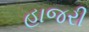
હાજરી